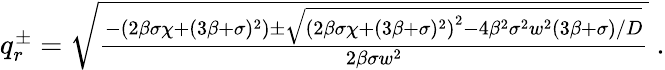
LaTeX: \begin{array}{r}{q_{r}^{\pm}=\sqrt{\frac{-\left(2\beta\sigma\chi+(3\beta+\sigma)^{2}\right)\pm\sqrt{\left(2\beta\sigma\chi+(3\beta+\sigma)^{2}\right)^{2}-4\beta^{2}\sigma^{2}w^{2}(3\beta+\sigma)/D}}{2\beta\sigma w^{2}}}\; .}\end{array}